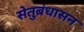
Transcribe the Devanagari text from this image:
सेतुबंधासन